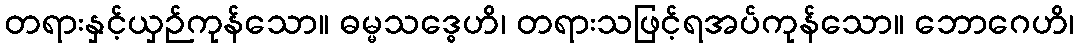
တရားနှင့်ယှဉ်ကုန်သော။ ဓမ္မသဒ္ဓေဟိ၊ တရားသဖြင့်ရအပ်ကုန်သော။ ဘောဂေဟိ၊